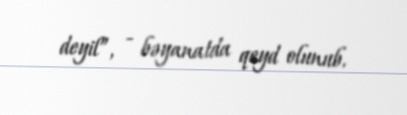
deyil”, - bəyanatda qeyd olunub.